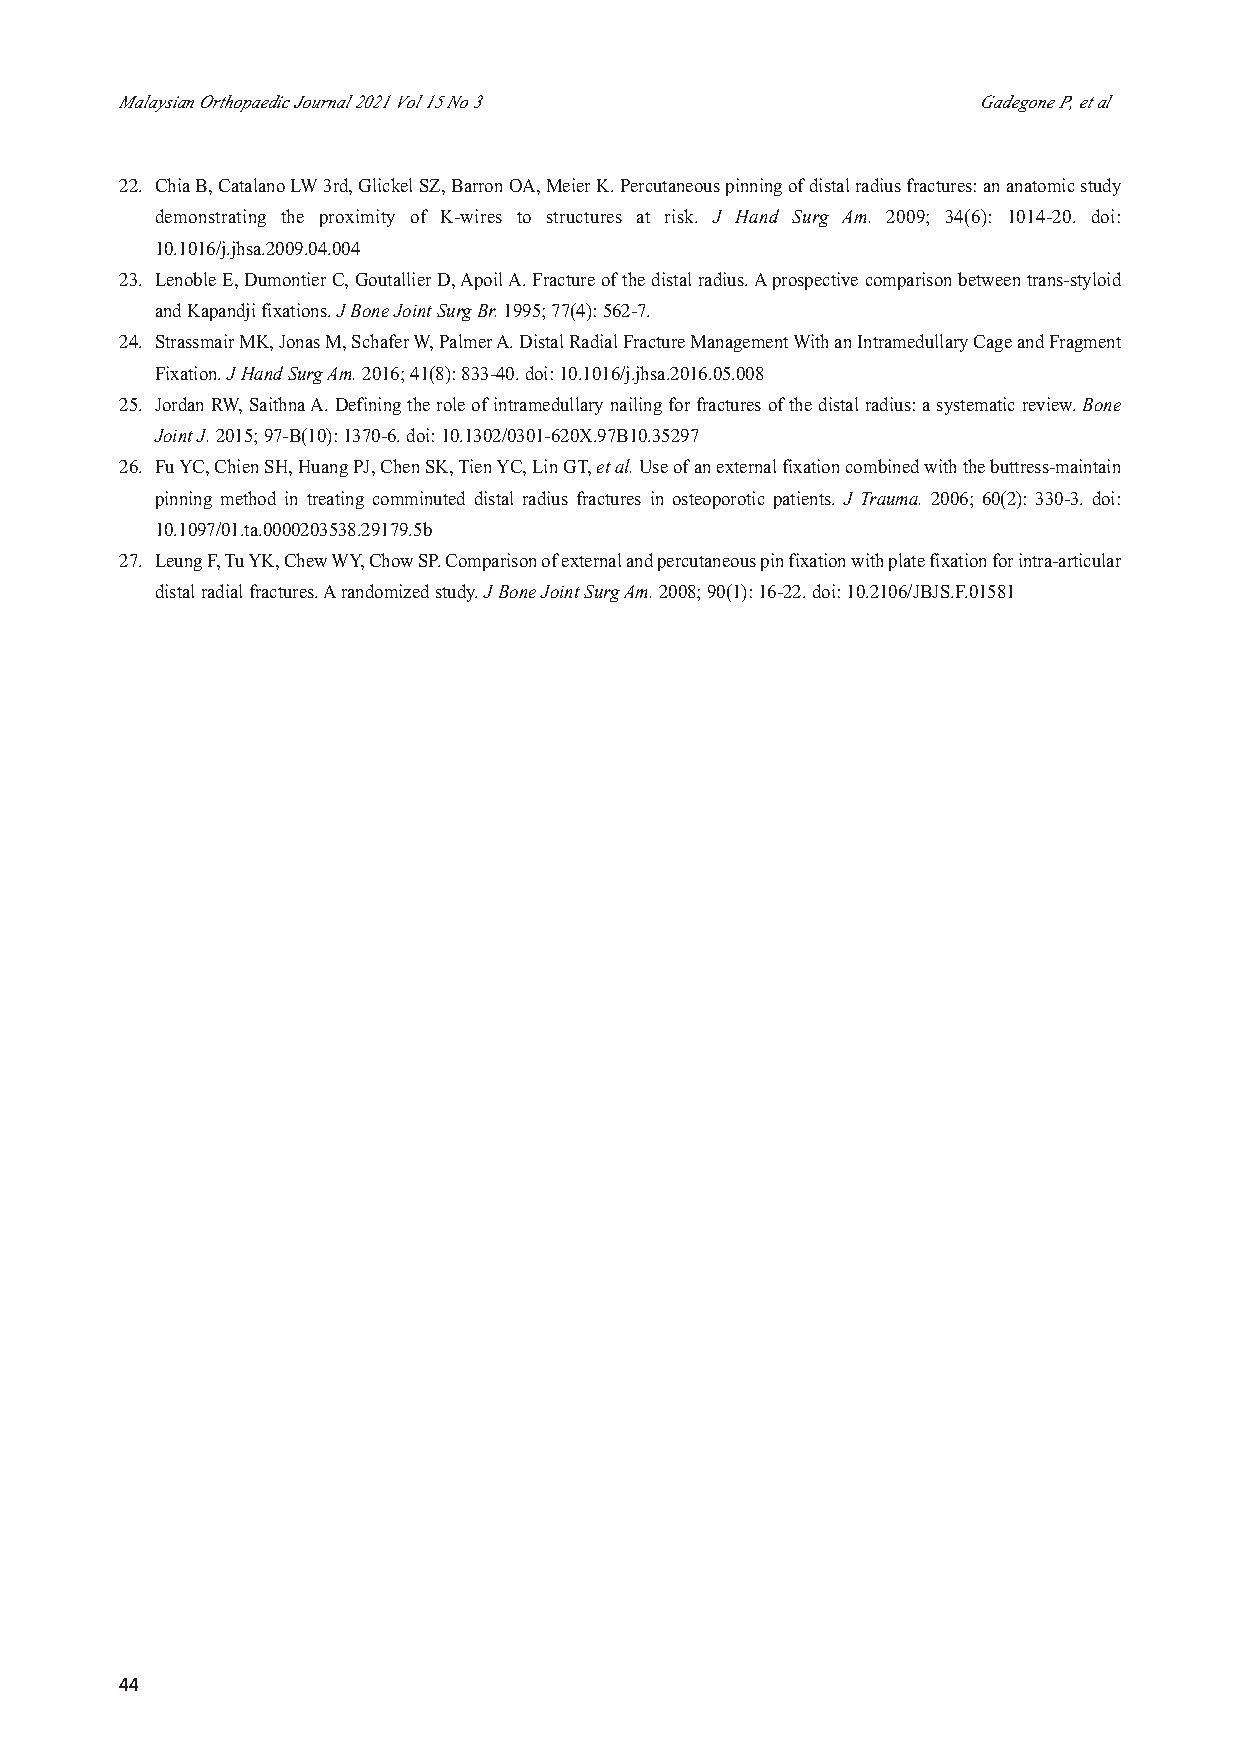
6-OS6-286_OA1 11/21/21 11:22 PM Page 44
 Malaysian Orthopaedic Journal 2021 Vol 15 No 3           Gadegone P, et al
 22. Chia B, Catalano LW 3rd, Glickel SZ, Barron OA, Meier K. Percutaneous pinning of distal radius fractures: an anatomic study
 demonstrating the proximity of K-wires to structures at risk. J Hand Surg Am. 2009; 34(6): 1014-20. doi:
 10.1016/j.jhsa.2009.04.004
 23. Lenoble E, Dumontier C, Goutallier D, Apoil A. Fracture of the distal radius. A prospective comparison between trans-styloid
 and Kapandji fixations.J Bone Joint Surg Br.1995; 77(4): 562-7.
 24. Strassmair MK, Jonas M, Schafer W, Palmer A. Distal Radial Fracture Management With an Intramedullary Cage and Fragment
 Fixation. J Hand Surg Am. 2016; 41(8): 833-40. doi: 10.1016/j.jhsa.2016.05.008
 25. Jordan RW, Saithna A. Defining the role of intramedullary nailing for fractures of the distal radius: a systematic review. Bone
 Joint J.2015; 97-B(10): 1370-6. doi: 10.1302/0301-620X.97B10.35297
 26. Fu YC, Chien SH, Huang PJ, Chen SK, Tien YC, Lin GT,et al.Use of an external fixation combined with the buttress-maintain
 pinning method in treating comminuted distal radius fractures in osteoporotic patients. J Trauma. 2006; 60(2): 330-3. doi:
 10.1097/01.ta.0000203538.29179.5b
 27. Leung F, Tu YK, Chew WY, Chow SP. Comparison of external and percutaneous pin fixation with plate fixation for intra-articular
 distal radial fractures. A randomized study. J Bone Joint Surg Am. 2008; 90(1): 16-22. doi: 10.2106/JBJS.F.01581
 44